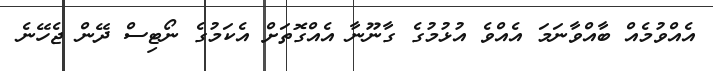
އެއްވުމެއް ބާއްވާނަމަ އެއްވެ އުޅުމުގެ ގާނޫނާ އެއްގޮތަށް އެކަމުގެ ނޯޓިސް ދޭން ޖެހޭނެ